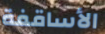
الأساقفة